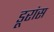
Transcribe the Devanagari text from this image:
डूरांस